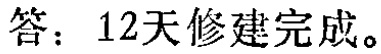
答：12天修建完成。